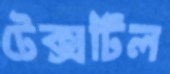
টেক্সটিল